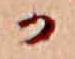
か